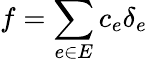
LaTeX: f=\sum_{e\in E}c_{e}\delta_{e}